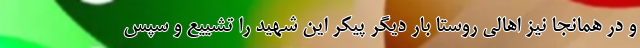
و در همانجا نیز اهالی روستا بار دیگر پیکر این شهید را تشییع و سپس